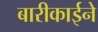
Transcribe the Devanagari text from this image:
बारीकाईने